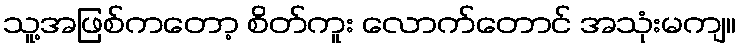
သူ့အဖြစ်ကတော့ စိတ်ကူး လောက်တောင် အသုံးမကျ။